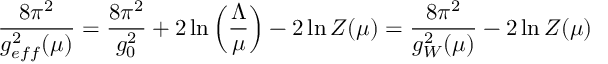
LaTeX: \frac { 8 \pi ^ { 2 } } { g _ { e f f } ^ { 2 } ( \mu ) } = \frac { 8 \pi ^ { 2 } } { g _ { 0 } ^ { 2 } } + 2 \ln \left( \frac { \Lambda } { \mu } \right) - 2 \ln Z ( \mu ) = \frac { 8 \pi ^ { 2 } } { g _ { W } ^ { 2 } ( \mu ) } - 2 \ln Z ( \mu )